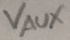
Text: VAUX